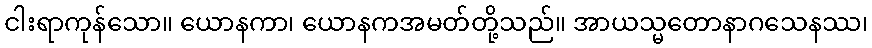
ငါးရာကုန်သော။ ယောနကာ၊ ယောနကအမတ်တို့သည်။ အာယသ္မတောနာဂသေနဿ၊